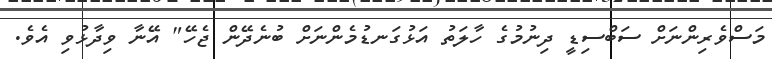
މަސްވެރިންނަށް ސަބްސިޑީ ދިނުމުގެ ހާލަތު އަޅުގަނޑުމެންނަށް ބުނެދޭން ޖެހޭ" އޭނާ ވިދާޅުވި އެވެ.